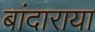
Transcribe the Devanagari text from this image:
बांदाराया